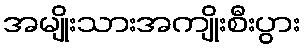
အမျိုးသားအကျိုးစီးပွား